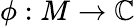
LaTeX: \phi:M\to\mathbb{C}